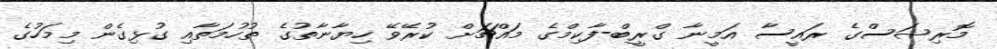
މޮރިޝަސްގެ ރައީސާ އަމީނާ ގްރީބް-ފާކިމްގެ މައްޗަށް ކުރޭވޭ ހިޔާނާތުގެ ތުހުމަތާއި ގުޅިގެން މިމަހުގެ